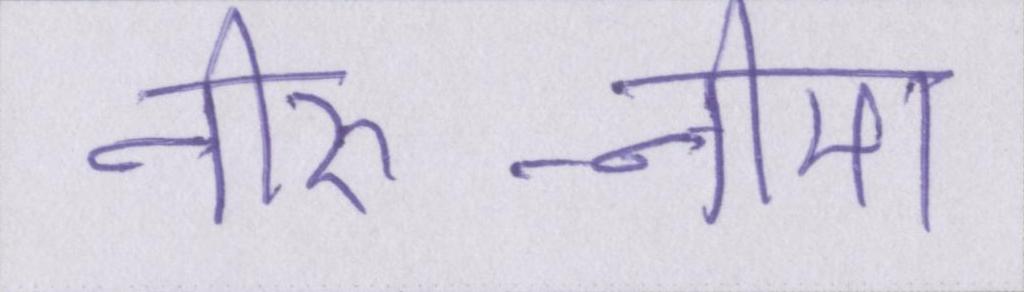
नीरु-नीमा